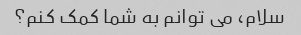
سلام، می توانم به شما کمک کنم؟